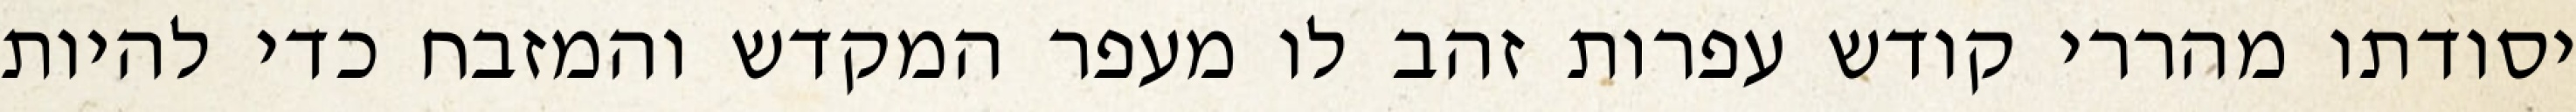
יסודתו מהררי קודש עפרות זהב לו מעפר המקדש והמזבח כדי להיות